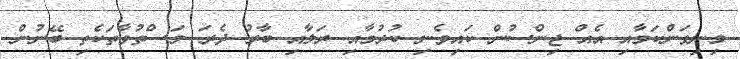
މިނިވަންކަމާއި އެއް ޖިންސުން ކައިވެނި ކުރުމާއި ރަލާއި ބާރު ދެރަ މަސްތުވާތަކެތި ބޭނުން